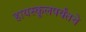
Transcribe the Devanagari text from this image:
हायस्कूलपर्यंतचे